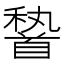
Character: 𩠨